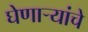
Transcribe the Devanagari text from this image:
घेणाऱ्यांचे